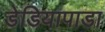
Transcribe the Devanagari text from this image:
डेडियापाडा